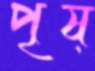
পৃষ্